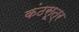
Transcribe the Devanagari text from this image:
कंठसूत्र